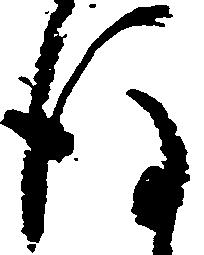
後